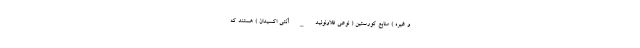
و غیره ) منابع کورستین ( نوعی فلاونوئید _ آنتی اکسیدان ) هستند که